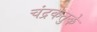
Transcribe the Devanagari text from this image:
चंद्रकेतुके